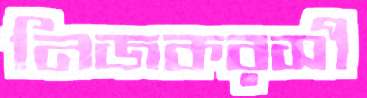
নিজকরসী